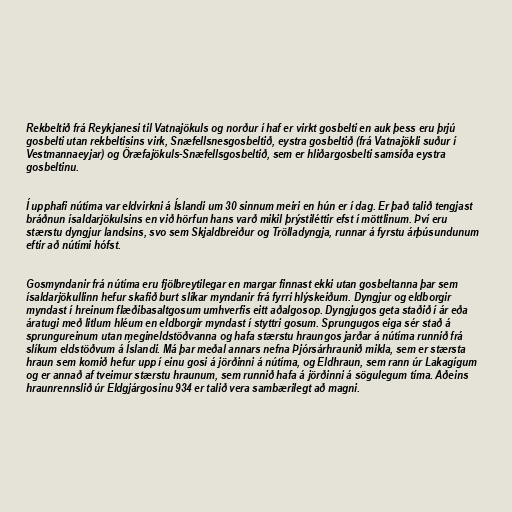
Rekbeltið frá Reykjanesi til Vatnajökuls og norður í haf er virkt gosbelti en auk þess eru þrjú
gosbelti utan rekbeltisins virk, Snæfellsnesgosbeltið, eystra gosbeltið (frá Vatnajökli suður í
Vestmannaeyjar) og Öræfajökuls-Snæfellsgosbeltið, sem er hliðargosbelti samsíða eystra
gosbeltinu.

Í upphafi nútíma var eldvirkni á Íslandi um 30 sinnum meiri en hún er í dag. Er það talið tengjast
bráðnun ísaldarjökulsins en við hörfun hans varð mikil þrýstiléttir efst í möttlinum. Því eru
stærstu dyngjur landsins, svo sem Skjaldbreiður og Trölladyngja, runnar á fyrstu árþúsundunum
eftir að nútími hófst.

Gosmyndanir frá nútíma eru fjölbreytilegar en margar finnast ekki utan gosbeltanna þar sem
ísaldarjökullinn hefur skafið burt slíkar myndanir frá fyrri hlýskeiðum. Dyngjur og eldborgir
myndast í hreinum flæðibasaltgosum umhverfis eitt aðalgosop. Dyngjugos geta staðið í ár eða
áratugi með litlum hléum en eldborgir myndast í styttri gosum. Sprungugos eiga sér stað á
sprungureinum utan megineldstöðvanna og hafa stærstu hraungos jarðar á nútíma runnið frá
slíkum eldstöðvum á Íslandi. Má þar meðal annars nefna Þjórsárhraunið mikla, sem er stærsta
hraun sem komið hefur upp í einu gosi á jörðinni á nútíma, og Eldhraun, sem rann úr Lakagígum
og er annað af tveimur stærstu hraunum, sem runnið hafa á jörðinni á sögulegum tíma. Aðeins
hraunrennslið úr Eldgjárgosinu 934 er talið vera sambærilegt að magni.